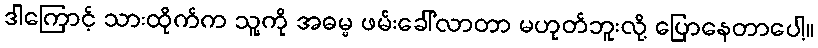
ဒါကြောင့် သားထိုက်က သူ့ကို အဓမ္မ ဖမ်းခေါ်လာတာ မဟုတ်ဘူးလို့ ပြောနေတာပေါ့။